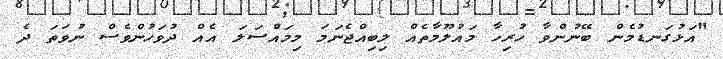
"އަޅުގަނޑުމެން ބޭނުންވާ ހުރިހާ މައުލޫމާތެއް ލިބިއްޖެނަމަ މިމައްސަލަ އެއް ދުވަހުންވެސް ނުވަތަ ދެ